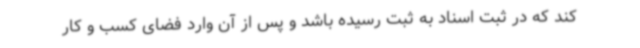
کند که در ثبت اسناد به ثبت رسیده باشد و پس از آن وارد فضای کسب و کار